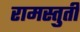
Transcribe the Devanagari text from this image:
रामस्तुती